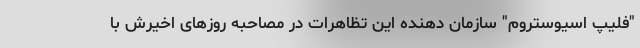
"فلیپ اسیوستروم" سازمان دهنده این تظاهرات در مصاحبه روزهای اخیرش با